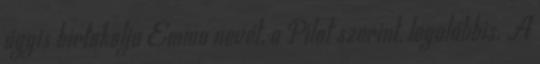
úgyis birtokolja Emma nevét, a Pilot szerint, legalábbis. A